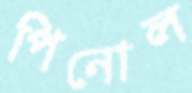
পিনোল